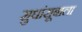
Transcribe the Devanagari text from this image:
सुधांसूबाला